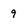
Character: 9